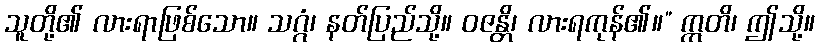
သူတို့၏ လားရာဖြစ်သော။ သဂ္ဂံ၊ နတ်ပြည်သို့။ ဝဇန္တိ၊ လားရကုန်၏။” ဣတိ၊ ဤသို့။